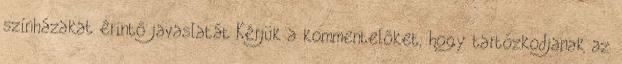
színházakat érintő javaslatát Kérjük a kommentelőket, hogy tartózkodjanak az